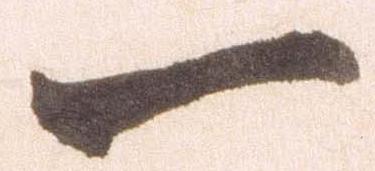
一